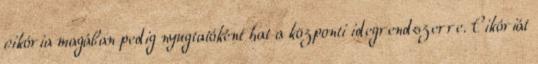
cikória magában pedig nyugtatóként hat a központi idegrendszerre. Cikóriát